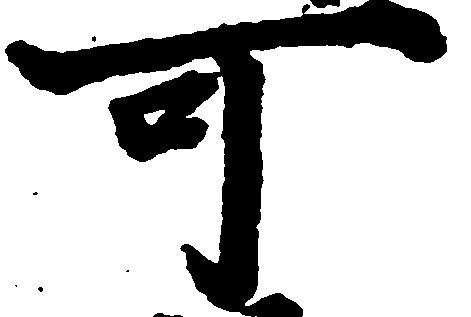
可